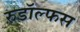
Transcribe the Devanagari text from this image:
रुडॉल्फस